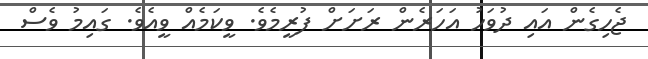
ޖެހިގެން އައި ދުވަހު އަހަރެން ރަށަށް ފުރީމެވެ. ވީކަމެއް ވީއެވެ. ގައިމު ވެސް